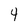
Character: 4